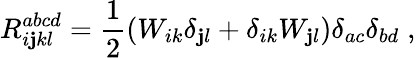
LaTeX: R_{i\mathbf{j}kl}^{abcd}=\frac{{1}}{{2}}(W_{ik}\delta_{\mathbf{j}l}+\delta_{ik}W_{\mathbf{j}l})\delta_{ac}\delta_{bd}\; ,